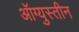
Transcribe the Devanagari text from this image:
ऑग्युस्तीन